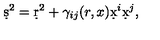
\d s ^ { 2 } = \d r ^ { 2 } + \gamma _ { i j } ( r , x ) \d x ^ { i } \d x ^ { j } ,